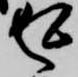
返